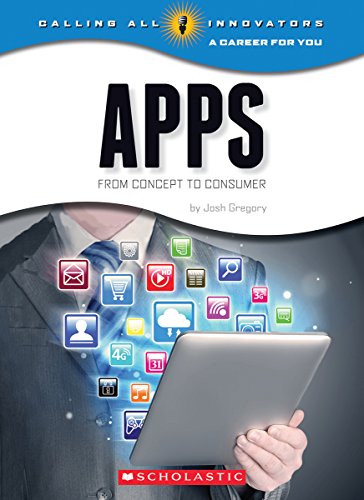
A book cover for Apps: From Concept to Consumer (Calling All Innovators: a Career for Youi); Josh Gregory; Children's Books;